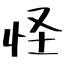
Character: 怪